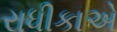
રાધીકાએ